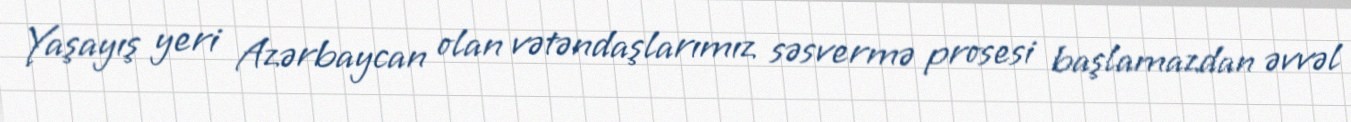
Yaşayış yeri Azərbaycan olan vətəndaşlarımız səsvermə prosesi başlamazdan əvvəl